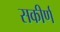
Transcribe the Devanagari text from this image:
सकीर्ण